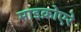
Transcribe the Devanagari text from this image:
माइक्रोएरे